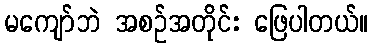
မကျော်ဘဲ အစဉ်အတိုင်း ဖြေပါတယ်။